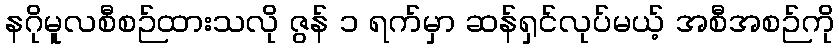
နဂိုမူလစီစဉ်ထားသလို ဇွန် ၁ ရက်မှာ ဆန်ရှင်လုပ်မယ့် အစီအစဉ်ကို